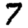
Digit: 7